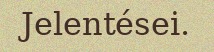
Jelentései.